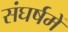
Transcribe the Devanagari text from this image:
संघर्षमें